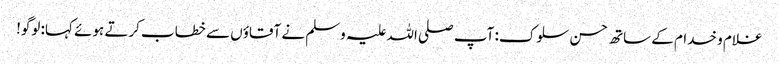
غلام و خدام کے ساتھ حسن سلوک: آپ صلی اللہ علیہ وسلم نے آقاؤں سے خطاب کرتے ہوئے کہا: لوگو!